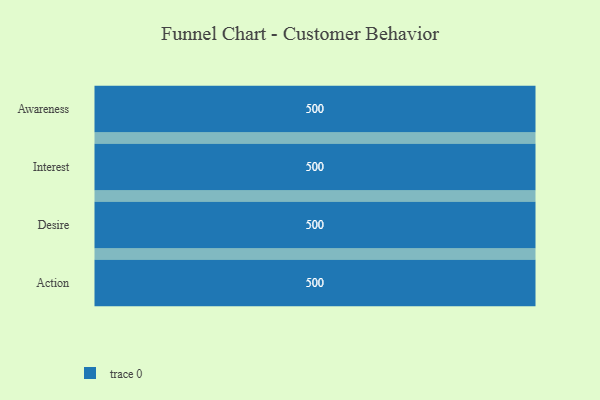
{"axis": {"x": "Stage", "y": "Value"}, "legend": [""], "data": [{"x": "Awareness", "y": 500, "type": ""}, {"x": "Interest", "y": 500, "type": ""}, {"x": "Desire", "y": 500, "type": ""}, {"x": "Action", "y": 500, "type": ""}]}